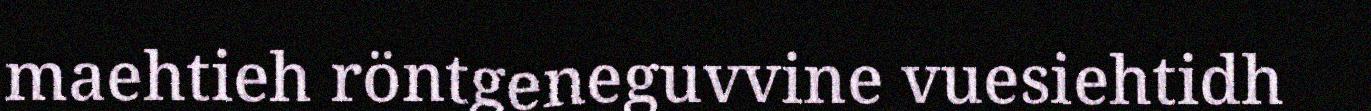
maehtieh röntgeneguvvine vuesiehtidh